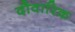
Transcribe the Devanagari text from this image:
दौवारिक